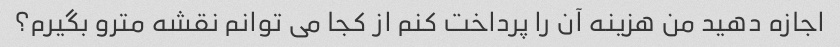
اجازه دهید من هزینه آن را پرداخت کنم از کجا می توانم نقشه مترو بگیرم؟